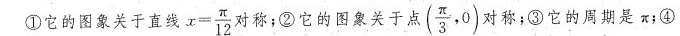
①它的图象关于直线$$x = \frac{ π }{ 1 2 }$$ 对称；②它的图象关于点( \frac{ π }{3},0)$$ 对称；③它的周期是π；④